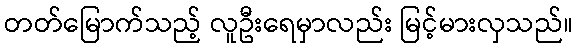
တတ်မြောက်သည့် လူဦးရေမှာလည်း မြင့်မားလှသည်။